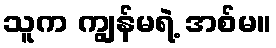
သူက ကျွန်မရဲ့ အစ်မ။